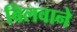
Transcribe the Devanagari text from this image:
बिलवाने